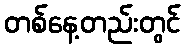
တစ်နေ့တည်းတွင်